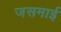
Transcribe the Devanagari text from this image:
जसमाई